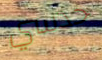
حدسي